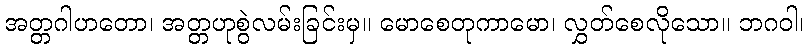
အတ္တဂါဟတော၊ အတ္တဟုစွဲလမ်းခြင်းမှ။ မောစေတုကာမော၊ လွှတ်စေလိုသော။ ဘဂဝါ၊